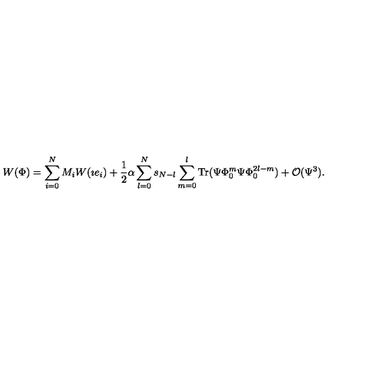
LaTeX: W ( \Phi ) = \sum _ { i = 0 } ^ { N } M _ { i } W ( \imath e _ { i } ) + \frac { 1 } { 2 } \alpha \sum _ { l = 0 } ^ { N } s _ { N - l } \sum _ { m = 0 } ^ { l } \mathrm { T r } ( \Psi \Phi _ { 0 } ^ { m } \Psi \Phi _ { 0 } ^ { 2 l - m } ) + { \cal O } ( \Psi ^ { 3 } ) .